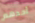
أحدهم